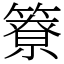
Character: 簝